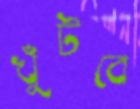
খুঁটবে